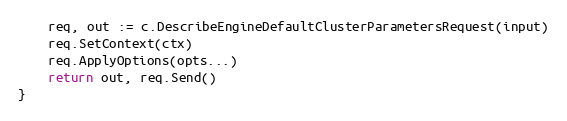
Language: Go
	req, out := c.DescribeEngineDefaultClusterParametersRequest(input)
	req.SetContext(ctx)
	req.ApplyOptions(opts...)
	return out, req.Send()
}